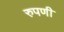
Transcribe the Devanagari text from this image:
रुपणी